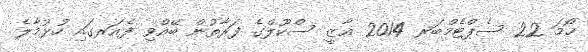
ހޯމަ 22 ސެޕްޓެމްބަރ 2014 ޣާޒީ ސްކޫލްގެ ފަރާތުން ބޭއްވި ފެއަރގައި ހުޅުމާލެ